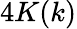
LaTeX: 4K(k)